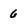
Character: 6